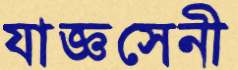
যাজ্ঞসেনী